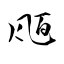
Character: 瓸